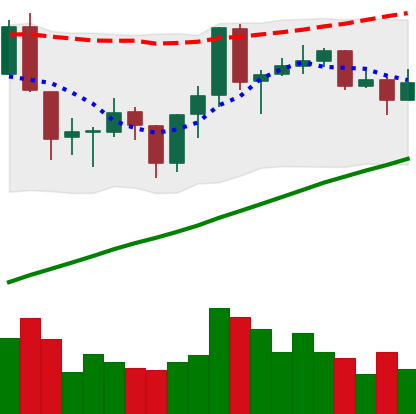
Ticker: ADA-USD
Chart end date: 2019-06-21
Forward return: 8.104%
Label: up_7plus